Vital statistics of India. Vol. V, Reports of 1876 on armies & jails and on epidemic cholera
Year: 1876
Disease focus: Cholera
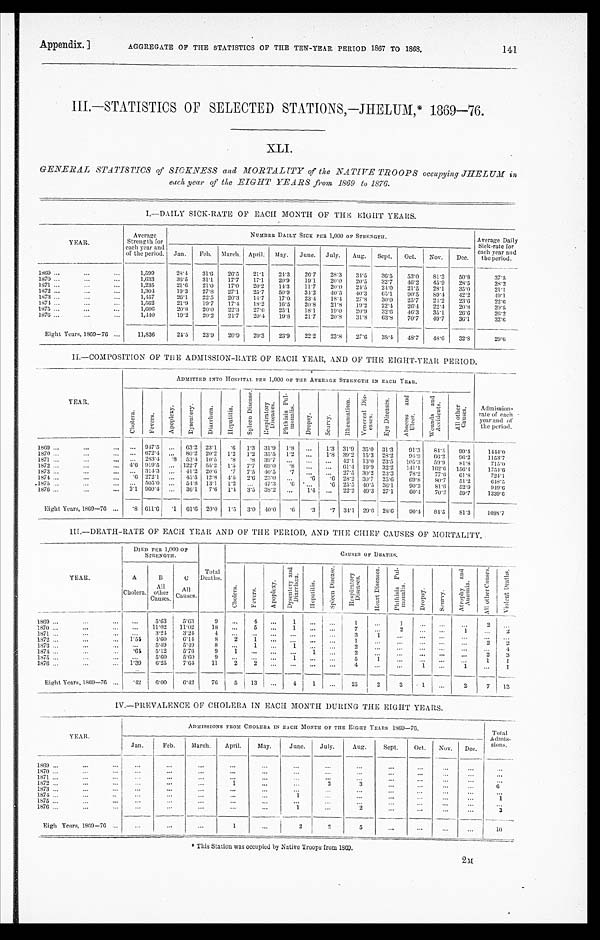
* T h i s S t a t i o n w a s o c c u p i e d b y N a t i v e T r o o p s f r o m 1 8 6 9 .
Appendix. ]
AGGREGATE OF THE STATISTICS OF THE TEN-YEAR PERIOD 1867 TO 1868.
141
III.—STATISTICS OF SELECTED STATIONS,—JHELUM,* 1869—76.
XLI.
GENERAL STATISTICS of SICKNESS and MORTALITY of the NATIVE TROOPS occupying JHELUM in
each year of the EIGHT YEARS from 1869 to 1876.
I.—DAILY SICK-RATE 0F EACH MONTH OF THE EIGHT YEARS.
YEAR.
Average
S t r e n g t h f o r
each year and
of the period.
NUMBER DAILY SICK PER 1,000 OF STRENGTH.
Average Daily
Sick-rate for
each year and
the period.
Jan.
Feb.
March. April.
May.
June.
July.
Aug.
Sept.
Oct.
Nov.
Dec.
1869 . . .
1,599
28.4
31.6
26.5
21.1
24.3
26.7
28.3
34.5
36.5
53.0
81.3
50.8
37.5
1870 . . .
1,633
36.5
31.1
17.7
17.1
20.9
19.1
20.0
20.5
32.7
46.2
45.9
28.5
28.2
1871 . . .
1,235
21.6
21.0
17.0
20.2
14.3
11.7
20.0
24.5
24.0
21.5
28.1
35.0
21.1
1872 . . .
1,304
19.3
27.8
27.1
25.7
50.9
34.2
40.5
40.3
65.1
90.5
89.4
42.2
4 9 . 1
1873 . . .
1,457
26.1
22.5
20.3
14.7
17.0
23.4
18.4
27.8
30.0
25.7
24.2
23.6
2 2 . 6
1 8 7 4 . . .
1,562
21.9
19.7
17.4
18.2
16.5
20.8
21.8
19.2
22.4
26.4
22.4
20.8
20.5
1875 . . .
1,606
20.8
20.0
22.3
27.6
25.1
18.1
19.0
20.9
32.6
46.3
35.1
26.6
26.2
1876 . . .
1,440
19.2
20.2
21.7
20.4
19.8
21.7
20.8
31.8
63.8
70.7
49.7
36.1
3 2 . 6
Eight Years, 1869—76 . . .
11,836
24.5
23.9
20.9
20.3
23.9
22.2
23.8
27.6
38.4
48.7
48.6
32.8
29.6
II.—COMPOSITION OF THE ADMISSION-RATE OF EACH YEAR, AND OF THE EIGHT-YEAR PERIOD.
YEAR.
ADMITTED INTO HOSPITAL PER 1,000 OF THE AVERAGE STRENGTH IN EACH YEAR.
A d m i s s i o n -
rate of each
year and of
the period.
C h o l e r a .
F e v e r s .
A p o p l e x y .
D y s e n t e r y .
D i a r r h œ a
H e p a t i t i s .
S p l e e n D i s e a s e .
R e s p i r a t o r y D i s e a s e s .
P h t h i s i s P u l - m o n a l i s .
D r o p s y .
S c u r v y .
Rh e u ma t i s m.
V e n e r e a l D i s - e a s e s .
E y e D i s e a s e s .
A b s c e s s a n d U l c e r .
W o u n d s a n d A c c i d e n t s .
A l l o t h e r C a u s e s .
1869 . . .
. . . 947.5
. . .
63.2 23.1
. 6
1.3
31.9
1.8
. . .
1.3 31.9
35.0
31.3
91.3
8 4 . 4
9 9 . 4
1444.0
1870 . . .
. . . 672.4
. . .
80.2 20.2
1.2
1.2
35.5
1.2
. . .
1.8 39.2
15.3 28.2
9 4 . 9
6 6 . 2
96.2
1153.7
1 8 7 1 . . .
. . . 283.4
.8
53.4 10.5
. 8
. 8 39.7
. . .
. . .
. . .
42.1 13.0
2 3 . 5
105.3
59.9
81.8
715.0
1 8 7 2 . . .
4.6 919.5
. . . 122.7
55.2
1.5
7.7 69.0
.8
. . .
. . .
61.4
19.9
32.2
141.1
162.6
156.4
1754. 6
1873 . . .
. . .
3 1 4 . 3
. . .
41.2 20.6
. 7
7.5
40.5
.7
. . .
. . .
27.5 30.2
23.3
78.2
77.6
61.8
724.1.
1874 . . .
.6 272.1
. . .
45.5
12.8
4 . 5
2.6
23.0
. . .
.6
.6 28.2 30.7
25.6
69.8
80.7
51.2
6 4 8 . 5
1875 . . .
. . . 505.0
. . .
54.8
13.1
1.2
. . . 47.3
.6
. . .
.6
25.5 40.5
36.1
90.3
81.6
52.9
9 4 9 . 6
1876 . . .
2.1 960.4
. . .
36.1
7.6
1.4
3.5
38.2
. . .
1 . 4 . . .
22.2 49.3
27.1
60.4
70.2
59.7
1339.6
Eight Years, 1869—76
. . .
. 8 611.6
.1
61.6
20.0
1. 5
3.0
40.0
.6
.3
.7
34.1
29.6
28.6
90.4
84.5
81.3
1088.7
III.—DEATH-RATE OF EACH YEAR AND OF THE PERIOD, AND THE CHIEF CAUSES OF MORTALITY.
YEAR.
DIED PER 1,000 OF
STRENGTH.
Total
Deaths.
CAUSES OF DEATHS.
A
Cholera.
B
A l l O t h e r
Causes.
C
All
Causes.
C h o l e r a .
F e v e r s .
A p o p l e x y .
D y s e n t e r y a n d D i a r r h œ a .
H e p a t i t i s .
S p l e e n D i s e a s e .
R e s p i r a t o r y D i s e a s e s .
H e a r t D i s e a s e s .
P h t h i s i s P u l - m o n a l i s .
D r o p s y .
S c u r v y .
A t r o p h y a n d A n æ m i a .
A l l o t h e r C a u s e s .
V i o l e n t D e a t h s .
1869 . . .
. . .
5.63
5.63
9
. . .
4
. . .
1
. . .
. . .
1
. . .
1
. . .
. . .
. . .
2
. . .
1870 . . .
. . .
11.02
11.02
18
. . .
5
. . .
1
. . .
. . .
7
. . .
2
. . .
. . .
1
. . .
2
1871 . . .
. . . 3.24
3.24
4
. . .
. . .
. . .
. . .
. . .
. . .
3
1
. . .
. . .
. . .
. . .
. . .
. . .
1 8 7 2 . . .
1.54
4.60
6 . 1 4
8
2
1
. . .
. . .
. . .
. . .
1
. . .
. . .
. . .
. . .
. . .
2
2
1 8 7 3 . . .
. . .
5.49
5.49
8
. . .
1
. . .
1
. . .
. . .
2
. . .
. . .
. . .
. . .
. . .
. . .
4
1 8 7 4 . . .
. 6 4 5.12
5.76
9
1
. . .
. . .
. . .
1
. . .
2
. . .
. . .
. . .
. . .
. . .
2
3
1875 . . .
. . .
5.60
5.60
9
. . .
. . .
. . .
1
. . .
. . .
5
1
. . .
. . .
. . .
. . .
1
1
1876 . . .
1.39
6.25
7.64
11
2
2
. . .
. . .
. . .
. . .
4
. . .
. . .
1
. . .
1
. . .
1
Eight Years, 1869—76
. . .
. 4 2
6 . 0 0
6.42
76
5
13
. . .
4
1
. . .
2 5
2
3
1
. . .
2
7
1 3
IV.—PREVALENCE OF CHOLERA IN EACH MONTH DURING THE EIGHT YEARS.
YEAR.
ADMISSIONS FROM CHOLERA IN EACH MONTH OF THE EIGHT YEAR 1869—76.
Total Admis
-
sions.
Jan.
Feb.
March.
April.
May.
June.
July.
Aug.
Sept.
Oct.
Nov.
Dec.
1869 . . .
. . .
. . .
. . .
. . .
. . .
. . .
. . .
. . .
. . .
. . .
. . .
. . .
. . .
1 8 7 0 . . .
. . .
. . .
. . .
. . .
. . .
. . .
. . .
. . .
. . .
. . .
. . .
. . .
. . .
1871 . . .
. . .
. . .
. . .
. . .
. . .
. . .
. . .
. . .
. . .
. . .
. . .
. . .
. . .
1872 . . .
. . .
. . .
. . .
1
. . .
. . .
2
3
. . .
. . .
. . .
. . .
6
1873 . . .
. . .
. . .
. . .
. . .
. . .
. . .
. . .
. . .
. . .
. . .
. . .
. . .
. . .
1 8 7 4 . . .
. . .
. . .
. . .
. . .
. . .
1
. . .
. . .
. . .
. . .
. . .
. . .
1
1875 . . .
. . .
. . .
. . .
. . .
. . .
. . .
. . .
. . .
. . .
. . .
. . .
. . .
. . .
1876 . . .
. . .
. . .
. . .
. . .
. . .
1
. . .
2
. . .
. . .
. . .
. . .
3
Eigh Years, 1869—76 . . .
. . .
. . .
. . .
1
. . .
2
2
5
. . .
. . .
. . .
. . .
1 0